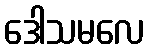
ဒေါသမလေ